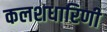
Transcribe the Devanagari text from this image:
कलशधारिणी